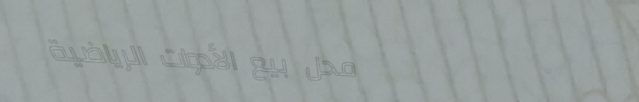
محل بيع الأدوات الرياضية